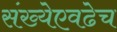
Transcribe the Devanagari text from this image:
संख्येएवढेच